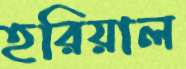
হরিয়াল